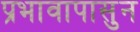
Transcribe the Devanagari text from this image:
प्रभावापासुन